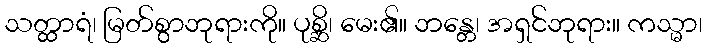
သတ္ထာရံ၊ မြတ်စွာဘုရားကို။ ပုစ္ဆိ၊ မေး၏။ ဘန္တေ၊ အရှင်ဘုရား။ ကသ္မာ၊